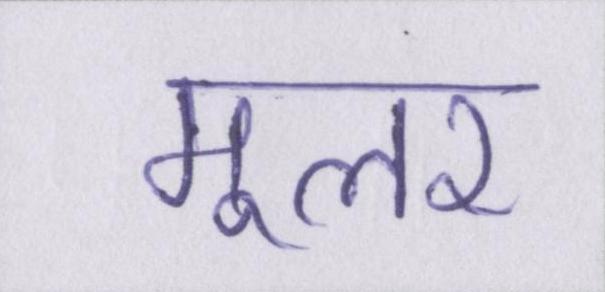
मूलर